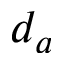
d _ { a }